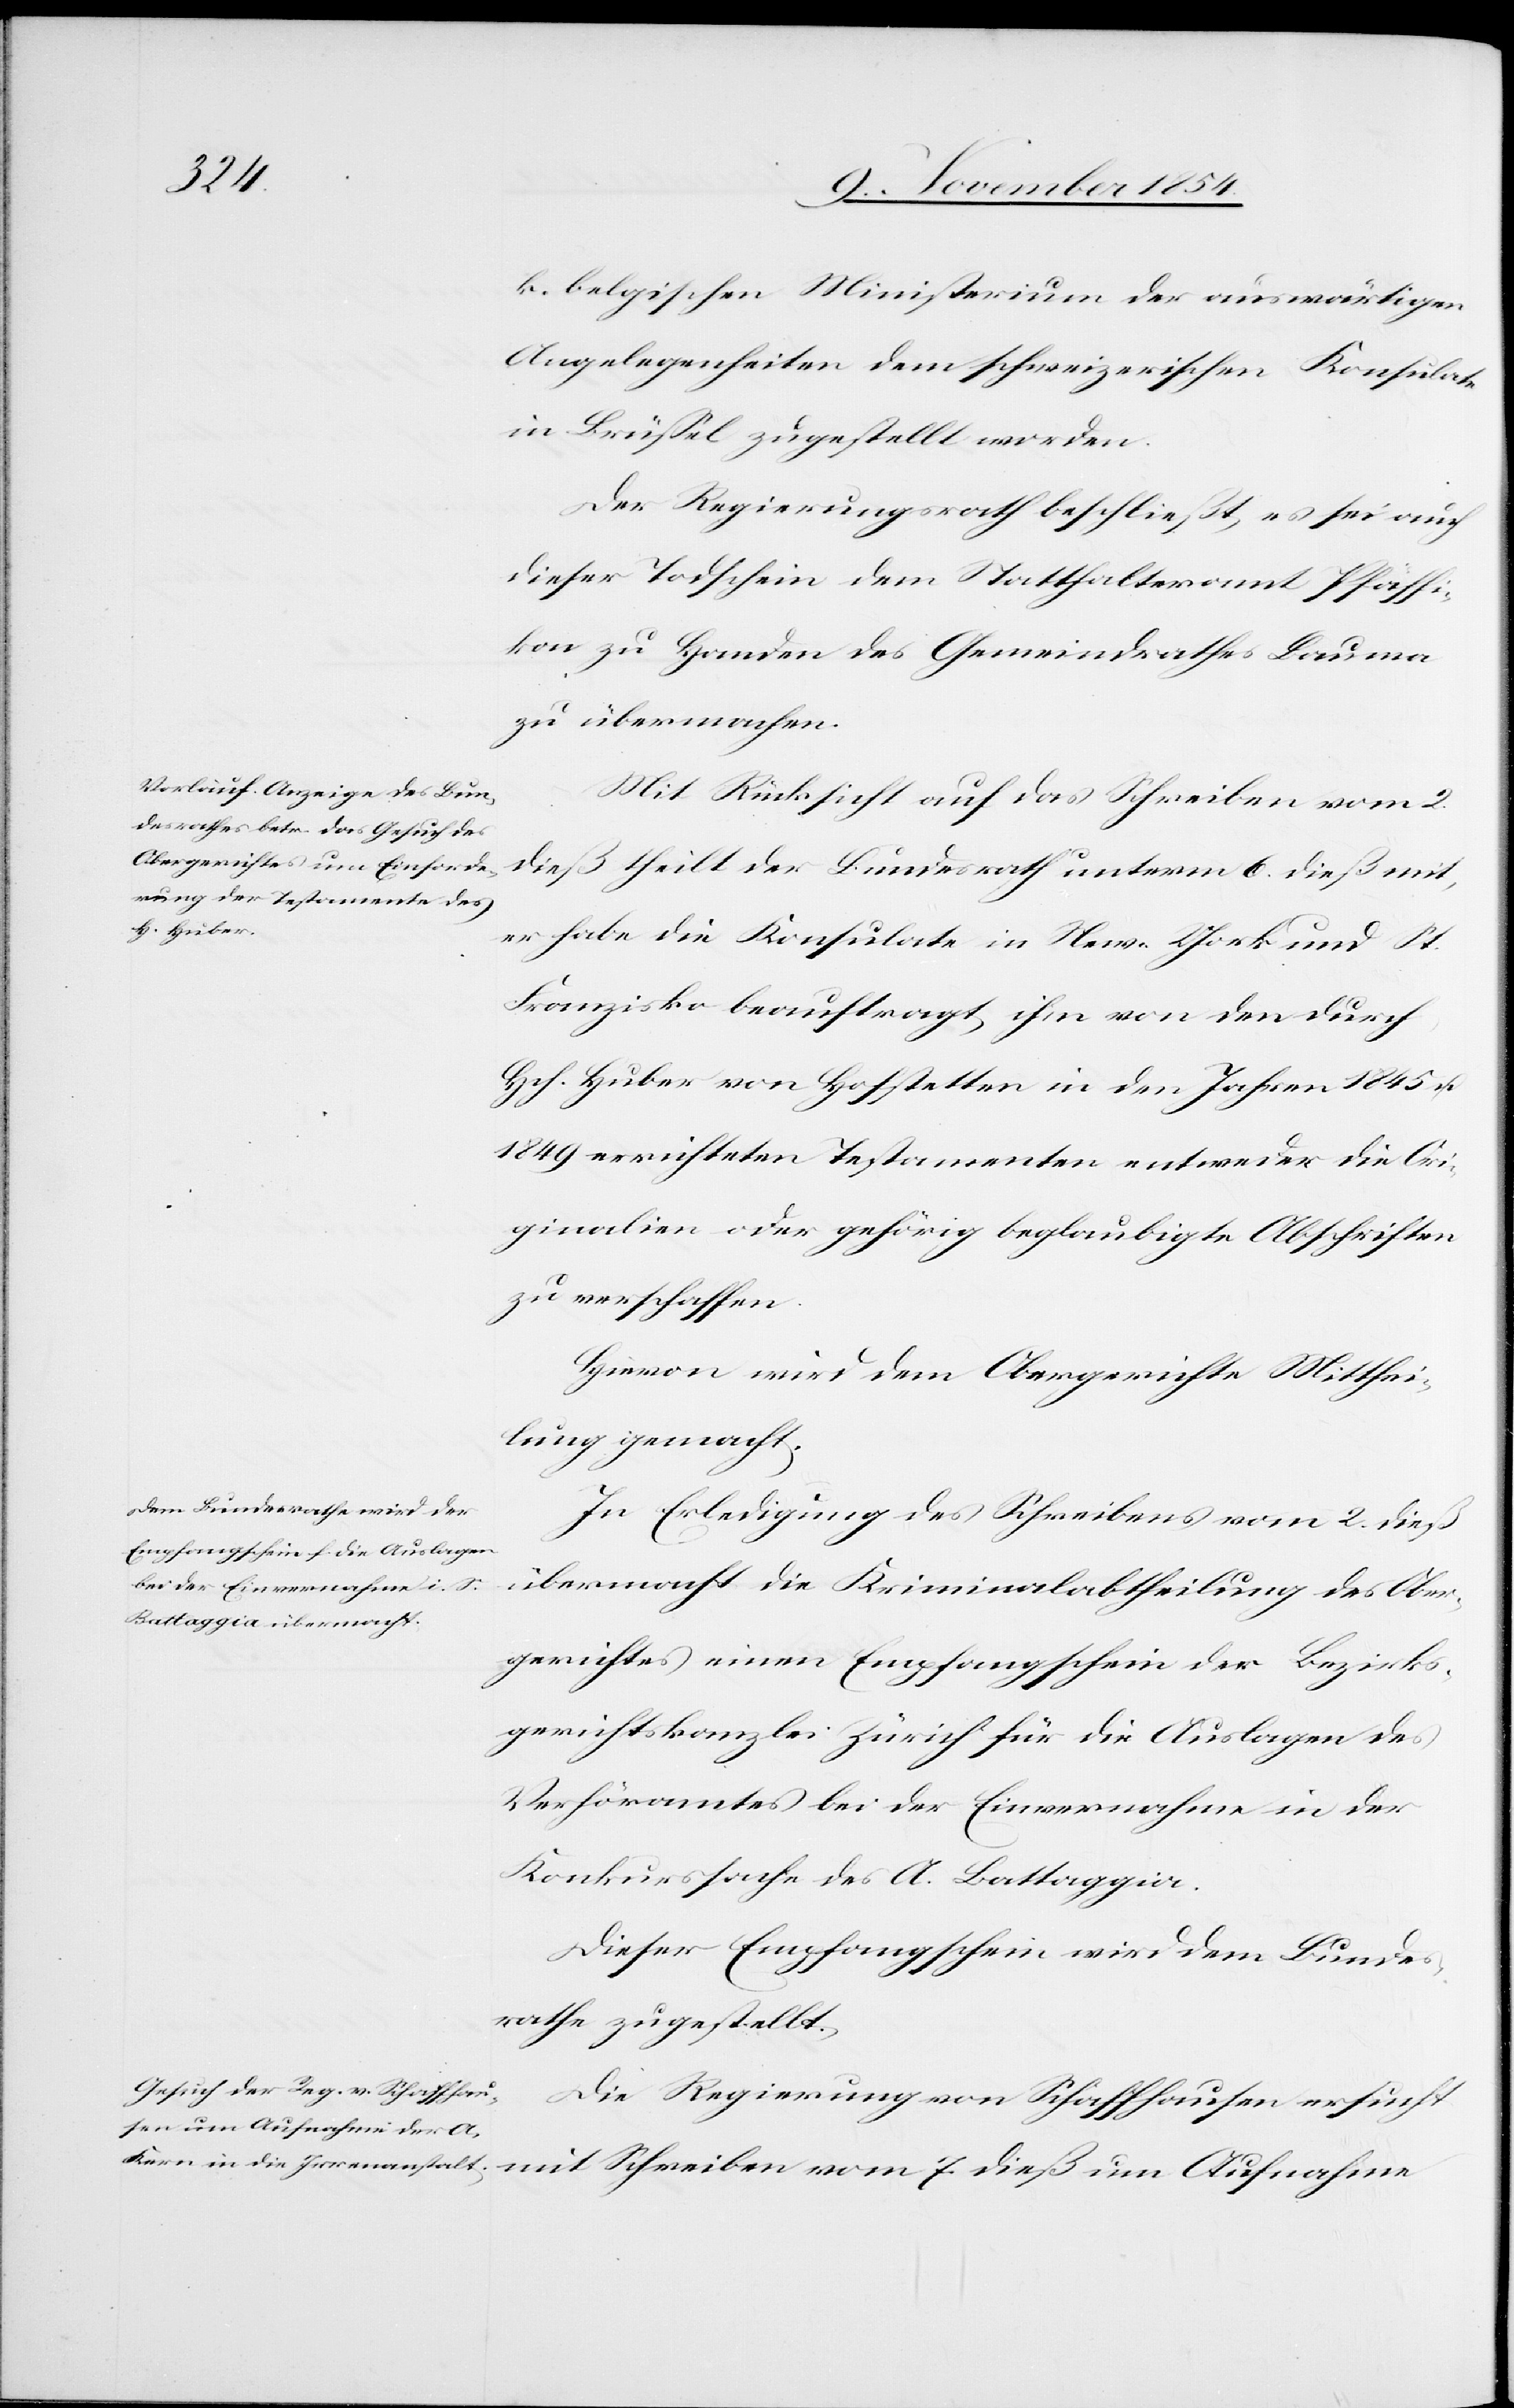
k. belgischen Ministerium der auswärtigen
Angelegenheiten dem schweizerischen Konsulate
in Brüßel zugestellt worden.
Der Regierungsrath beschließt, es sei auch
dieser Todschein dem Statthalteramt Pfäffi¬
kon zu Handen des Gemeindrathes Bauma
zu übermachen.
Mit Rücksicht auf das Schreiben vom 2.
dieß theilt der Bundesrath unterm 6. dieß mit,
er habe die Konsulate in New-York und St.
Franzisko beauftragt, ihm von den durch
Hch. Huber von Hofstetten in den Jahren 1845 u.
1849 errichteten Testamenten entweder die Ori¬
ginalien oder gehörig beglaubigte Abschriften
zu verschaffen.
Hievon wird dem Obergerichte Mitthei¬
lung gemacht.
In Erledigung des Schreibens vom 2. dieß
übermacht die Kriminalabtheilung des Ober¬
gerichtes einen Empfangschein der Bezirks¬
gerichtskanzlei Zürich für die Auslagen des
Verhöramtes bei der Einvernahme in der
Konkurssache des A. Battaggia.
Dieser Empfangschein wird dem Bundes¬
rathe zugestellt.
Die Regierung von Schaffhausen ersucht